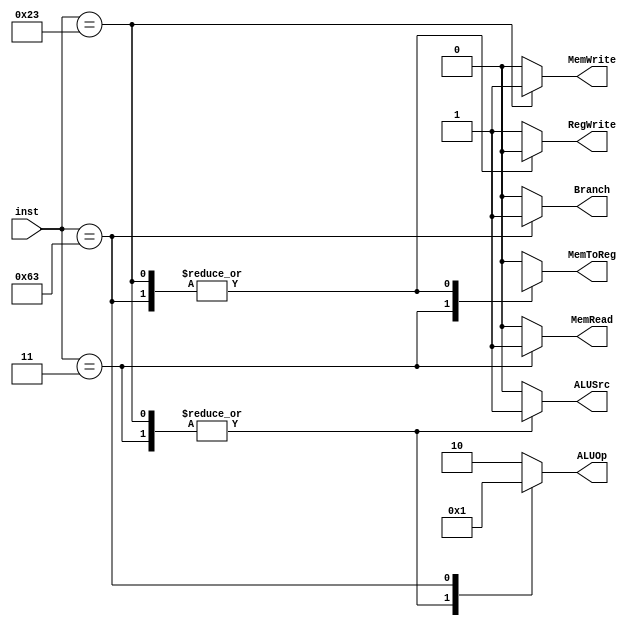
module ourControl(inst, Branch, MemRead, MemWrite, MemToReg, ALUOp, ALUSrc, RegWrite);
 input [6:0]inst;
 output reg[1:0]ALUOp;
 output reg Branch, MemRead, MemWrite, MemToReg, ALUSrc, RegWrite;
 always @(*)
  begin
   casex(inst)
   7'b0110011:
    begin
    ALUSrc = 1'b0;
    MemToReg = 1'b0;
    RegWrite = 1'b1;
    MemRead = 1'b0;
    MemWrite = 1'b0;
    Branch = 1'b0;
    ALUOp = 2'b10;
    end
   7'b0000011:
    begin
    ALUSrc = 1'b1;
    MemToReg = 1'b1;
    RegWrite = 1'b1;
    MemRead = 1'b1;
    MemWrite = 1'b0;
    Branch = 1'b0;
    ALUOp = 2'b00;
    end
   7'b0100011:
    begin
    ALUSrc = 1'b1;
    MemToReg = 1'bx;
    RegWrite = 1'b0;
    MemRead = 1'b0;
    MemWrite = 1'b1;
    Branch = 1'b0;
    ALUOp = 2'b00;
    end
   7'b1100011:
    begin
    ALUSrc = 1'b0;
    MemToReg = 1'bx;
    RegWrite = 1'b0;
    MemRead = 1'b0;
    MemWrite = 1'b0;
    Branch = 1'b1;
    ALUOp = 2'b01;
    end
   default:
    begin
    ALUSrc = 1'b0;
    MemToReg = 1'b0;
    RegWrite = 1'b1;
    MemRead = 1'b0;
    MemWrite = 1'b0;
    Branch = 1'b0;
    ALUOp = 2'b10;
    end
   endcase
 end
endmodule